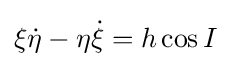
\xi {\dot {\eta }}-\eta {\dot {\xi }}=h\cos I